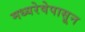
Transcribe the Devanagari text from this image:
मध्यरेषेपासून